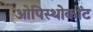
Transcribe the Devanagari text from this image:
ओपिस्थोकोंट